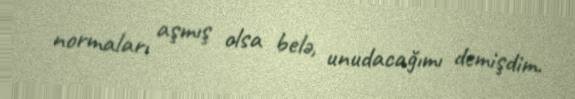
normaları aşmış olsa belə, unudacağımı demişdim.